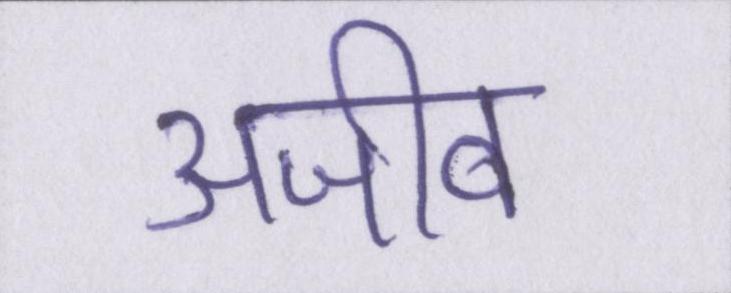
अजीब